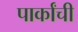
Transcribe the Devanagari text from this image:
पार्कांची